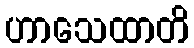
ဟာသေထာတိ